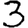
Digit: 3